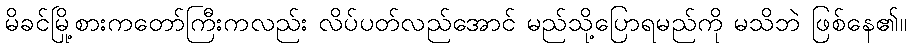
မိခင်မြို့စားကတော်ကြီးကလည်း လိပ်ပတ်လည်အောင် မည်သို့ပြောရမည်ကို မသိဘဲ ဖြစ်နေ၏။